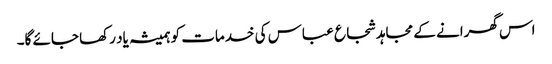
اس گھرانے کے مجاہد شجاع عباس کی خدمات کو ہمیشہ یاد رکھا جائے گا۔